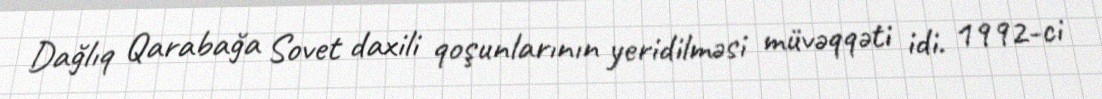
Dağlıq Qarabağa Sovet daxili qoşunlarının yeridilməsi müvəqqəti idi. 1992-ci